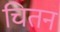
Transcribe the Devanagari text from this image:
चितन